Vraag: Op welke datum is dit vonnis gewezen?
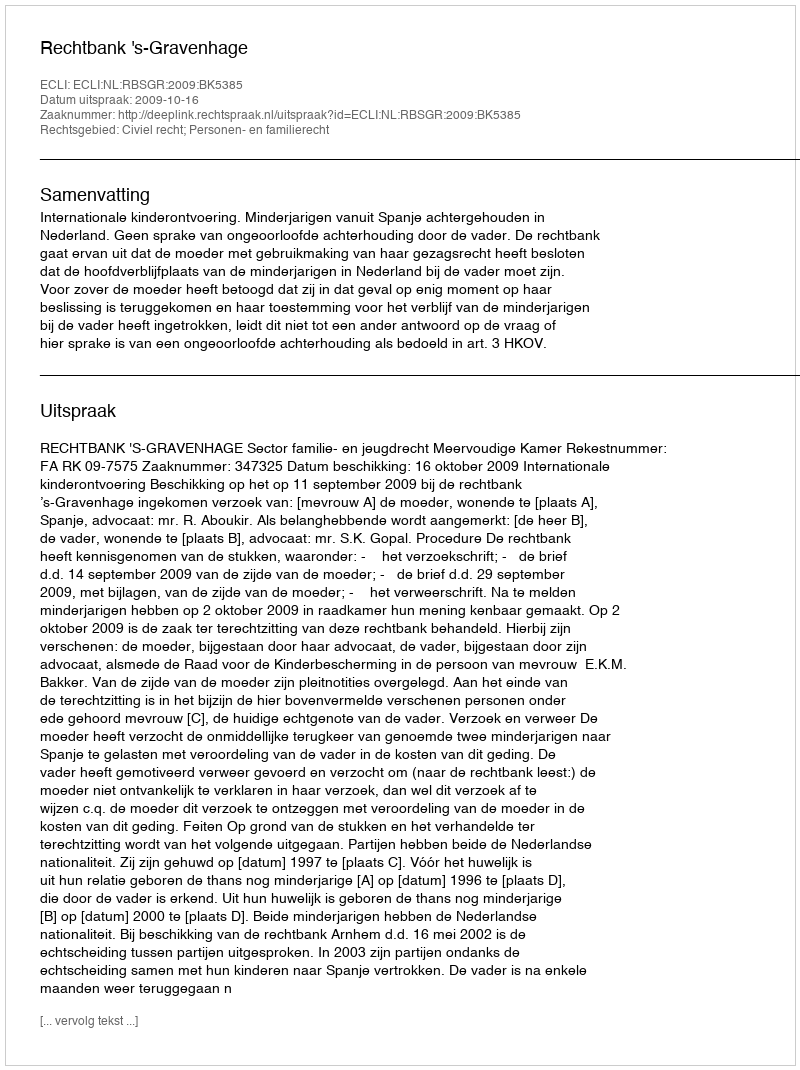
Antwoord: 2009-10-16